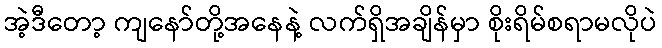
အဲ့ဒီတော့ ကျနော်တို့အနေနဲ့ လက်ရှိအချိန်မှာ စိုးရိမ်စရာမလိုပဲ